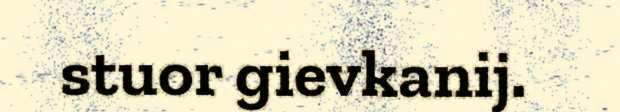
stuor gievkanij.